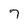
Character: 7